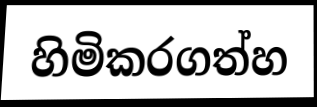
හිමිකරගත්හ